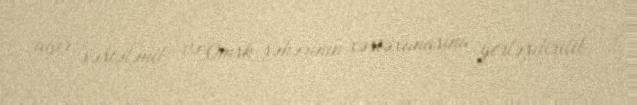
ağır xəstələnib və Omsk şəhərinin xəstəxanasına yerləşdirilib.